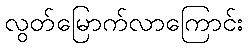
လွတ်မြောက်လာကြောင်း